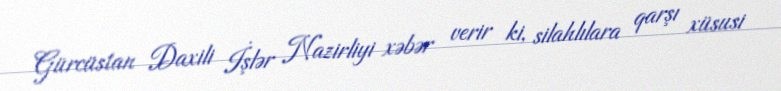
Gürcüstan Daxili İşlər Nazirliyi xəbər verir ki, silahlılara qarşı xüsusi